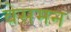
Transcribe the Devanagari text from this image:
वेसमन